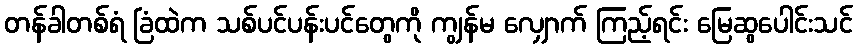
တန်ခါတစ်ရံ ခြံထဲက သစ်ပင်ပန်းပင်တွေကို ကျွန်မ လျှောက် ကြည့်ရင်း မြေဆွပေါင်းသင်